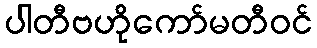
ပါတီဗဟိုကော်မတီဝင်